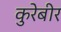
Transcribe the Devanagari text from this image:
कुरेबीर